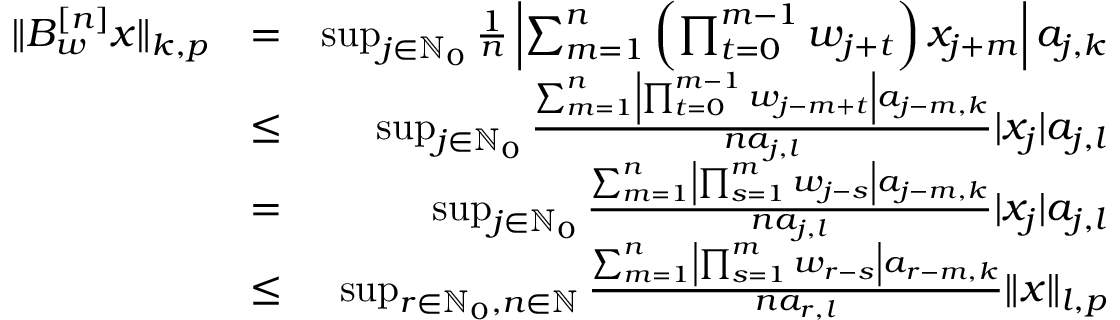
\begin{array} { r l r } { \Vert B _ { w } ^ { [ n ] } x \Vert _ { k , p } } & { = } & { \operatorname* { s u p } _ { j \in \mathbb { N } _ { 0 } } \frac { 1 } { n } \left| \sum _ { m = 1 } ^ { n } \left( \prod _ { t = 0 } ^ { m - 1 } w _ { j + t } \right) x _ { j + m } \right| a _ { j , k } } \\ & { \leq } & { \operatorname* { s u p } _ { j \in \mathbb { N } _ { 0 } } \frac { \sum _ { m = 1 } ^ { n } \left| \prod _ { t = 0 } ^ { m - 1 } w _ { j - m + t } \right| a _ { j - m , k } } { n a _ { j , l } } | x _ { j } | a _ { j , l } } \\ & { = } & { \operatorname* { s u p } _ { j \in \mathbb { N } _ { 0 } } \frac { \sum _ { m = 1 } ^ { n } \left| \prod _ { s = 1 } ^ { m } w _ { j - s } \right| a _ { j - m , k } } { n a _ { j , l } } | x _ { j } | a _ { j , l } } \\ & { \leq } & { \operatorname* { s u p } _ { r \in \mathbb { N } _ { 0 } , n \in \mathbb { N } } \frac { \sum _ { m = 1 } ^ { n } \left| \prod _ { s = 1 } ^ { m } w _ { r - s } \right| a _ { r - m , k } } { n a _ { r , l } } \Vert x \Vert _ { l , p } } \end{array}